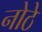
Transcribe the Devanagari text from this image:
नोठे